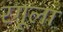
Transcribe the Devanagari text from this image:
रंगूला